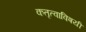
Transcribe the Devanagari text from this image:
कतृत्वाविषयी